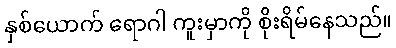
နှစ်ယောက် ရောဂါ ကူးမှာကို စိုးရိမ်နေသည်။